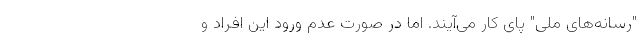
"رسانه‌های ملی" پای کار می‌آیند. اما در صورت عدم ورود این افراد و